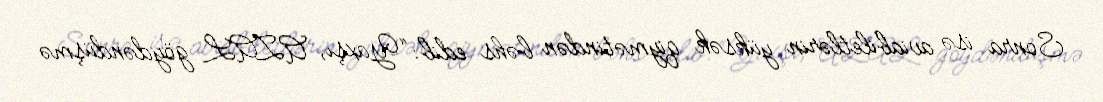
Sonra isə aviabiletlərin yüksək qiymətindən bəhs edib: “Yaxşı, AZAL göydəndüşmə